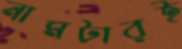
নামটারই